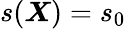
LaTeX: s(\boldsymbol X)=s_{0}